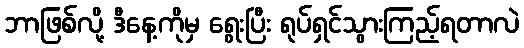
ဘာဖြစ်လို့ ဒီနေ့ကိုမှ ရွေးပြီး ရုပ်ရှင်သွားကြည့်ရတာလဲ